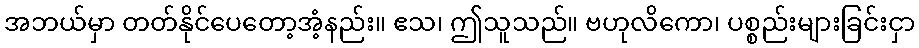
အဘယ်မှာ တတ်နိုင်ပေတော့အံ့နည်း။ ဧသ၊ ဤသူသည်။ ဗဟုလိကော၊ ပစ္စည်းများခြင်းငှာ